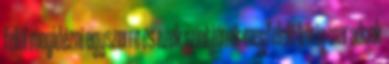
felül megidézni egyszerre és ezek szintjének megfelelő körig maradnak